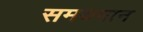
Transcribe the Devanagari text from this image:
समयमान